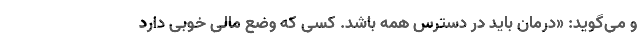
و می‌گوید: «درمان باید در دسترس همه باشد. کسی که وضع مالی خوبی دارد